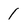
Character: 1